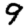
Digit: 9